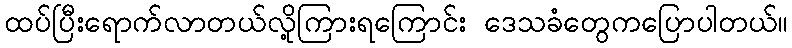
ထပ်ပြီးရောက်လာတယ်လို့ကြားရကြောင်း ဒေသခံတွေကပြောပါတယ်။